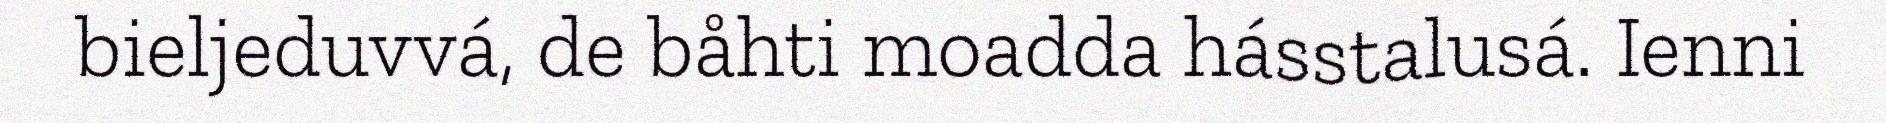
bieljeduvvá, de båhti moadda hásstalusá. Ienni